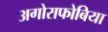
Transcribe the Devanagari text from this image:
अगोराफोबिया